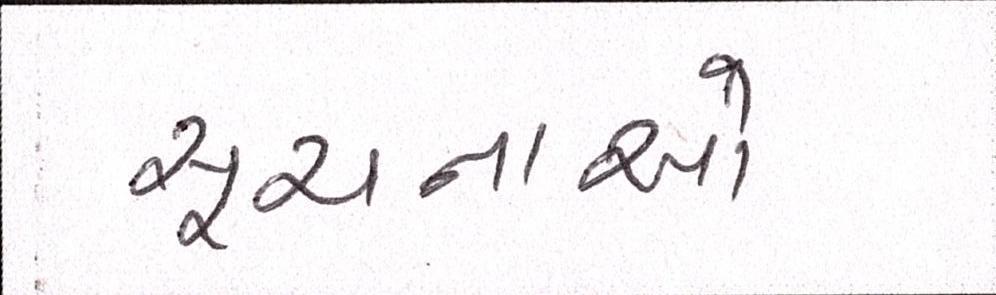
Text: સૂચનાઓ